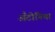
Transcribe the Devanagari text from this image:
अँटोनिया